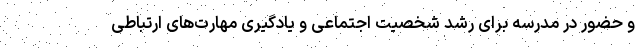
و حضور در مدرسه برای رشد شخصیت اجتماعی و یادگیری مهارت‌های ارتباطی